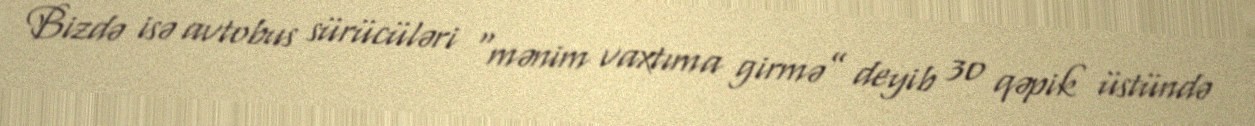
Bizdə isə avtobus sürücüləri “mənim vaxtıma girmə” deyib 30 qəpik üstündə